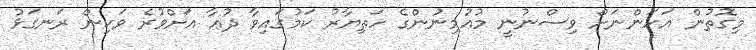
މިގޮތުން އަހަންނަށް ވިސްނުނީ މުއުމިނުންގެ ހަތިޔާރު ކަމުގައިވާ ދުޢާ އަށްވުރެ ވަކިން ރަނގަޅު